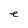
Character: e